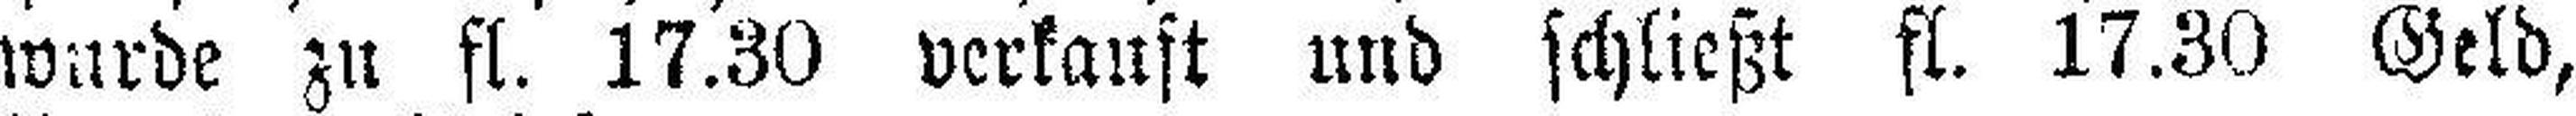
wurde zu fl. 17.30 verkauft und schließt fl. 17.30 Geld,